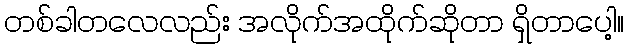
တစ်ခါတလေလည်း အလိုက်အထိုက်ဆိုတာ ရှိတာပေါ့။